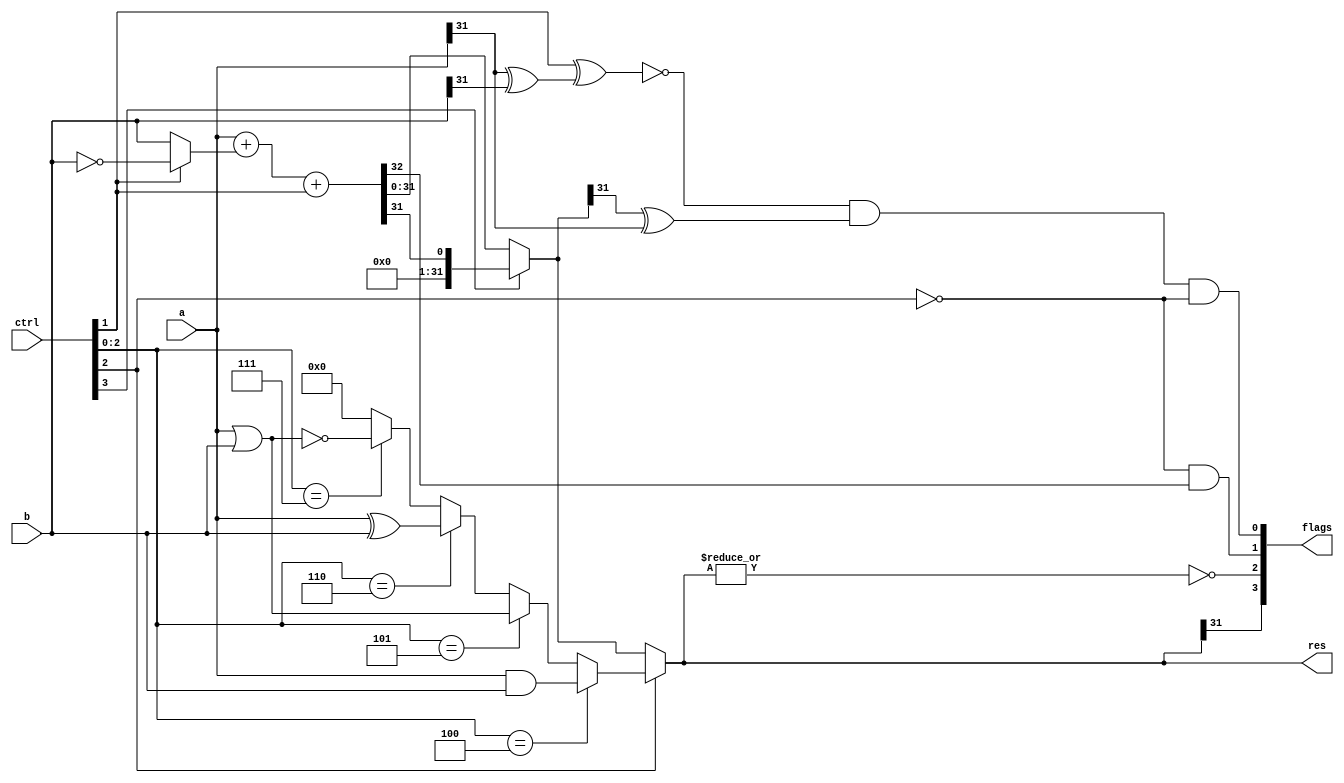
/*
    0000 add A + B       Addition
    0010 sub A - B       Subtraction
    0100 and A and B     Logical and 
    0101 or  A or  B     Logical or
    0110 xor A xor B     Exclusive or 
    0111 nor A nor B     Logical nor
    1010 slt (A - B)[31] Set less than
*/

module alu(
    input [31:0] a, b,
    input [3:0] ctrl,
    output [31:0] res,
    output [3:0] flags // 3=negative, 2=zero, 1=carry, 0=overflow
);

wire [31:0] ares, lres;
wire [31:0] sumres, sb;
wire cout;

assign res = ctrl[2] ? lres : ares;

//overflow
assign o1 = ~(ctrl[1] ^ (a[31] ^ b[31]));
assign o2 = (ares[31] ^ a[31]);
assign o3 = ~ctrl[2];
assign flags[0] = o1 & o2 & o3;

//carry
assign flags[1] = (~ctrl[2]) & cout;

//zero
assign flags[2] = ~(|res);

//negative
assign flags[3] = res[31];

//arithmetic result
assign sb = ctrl[1] ? ~b : b;
assign {cout, sumres} = a + sb + ctrl[1];
assign ares = ctrl[3] ? {31'b0, sumres[31]} : sumres;

//logical result
assign lres = (ctrl[2:0] == 3'b100) ? a & b    :
              (ctrl[2:0] == 3'b101) ? a | b    :
              (ctrl[2:0] == 3'b110) ? a ^ b    :
              (ctrl[2:0] == 3'b111) ? ~(a | b) :
                                      32'b0    ;

endmodule